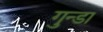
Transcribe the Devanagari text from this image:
गुन्डा